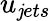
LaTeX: u_{\mathit{j}ets}